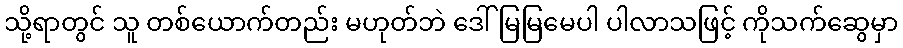
သို့ရာတွင် သူ တစ်ယောက်တည်း မဟုတ်ဘဲ ဒေါ်မြမြမေပါ ပါလာသဖြင့် ကိုသက်ဆွေမှာ